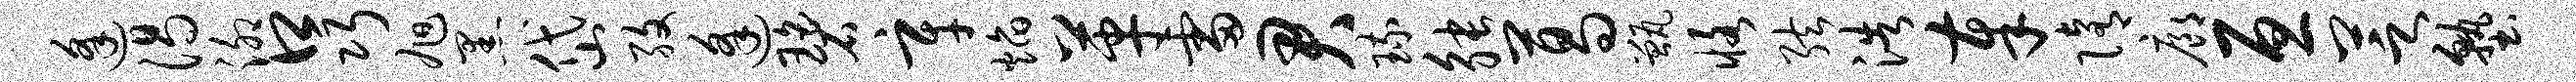
逢渴泖口巧旭黑岱孜逢碧辛焰革雷君琉觖葛甑恪弦浩奉隋廊亘芝塾